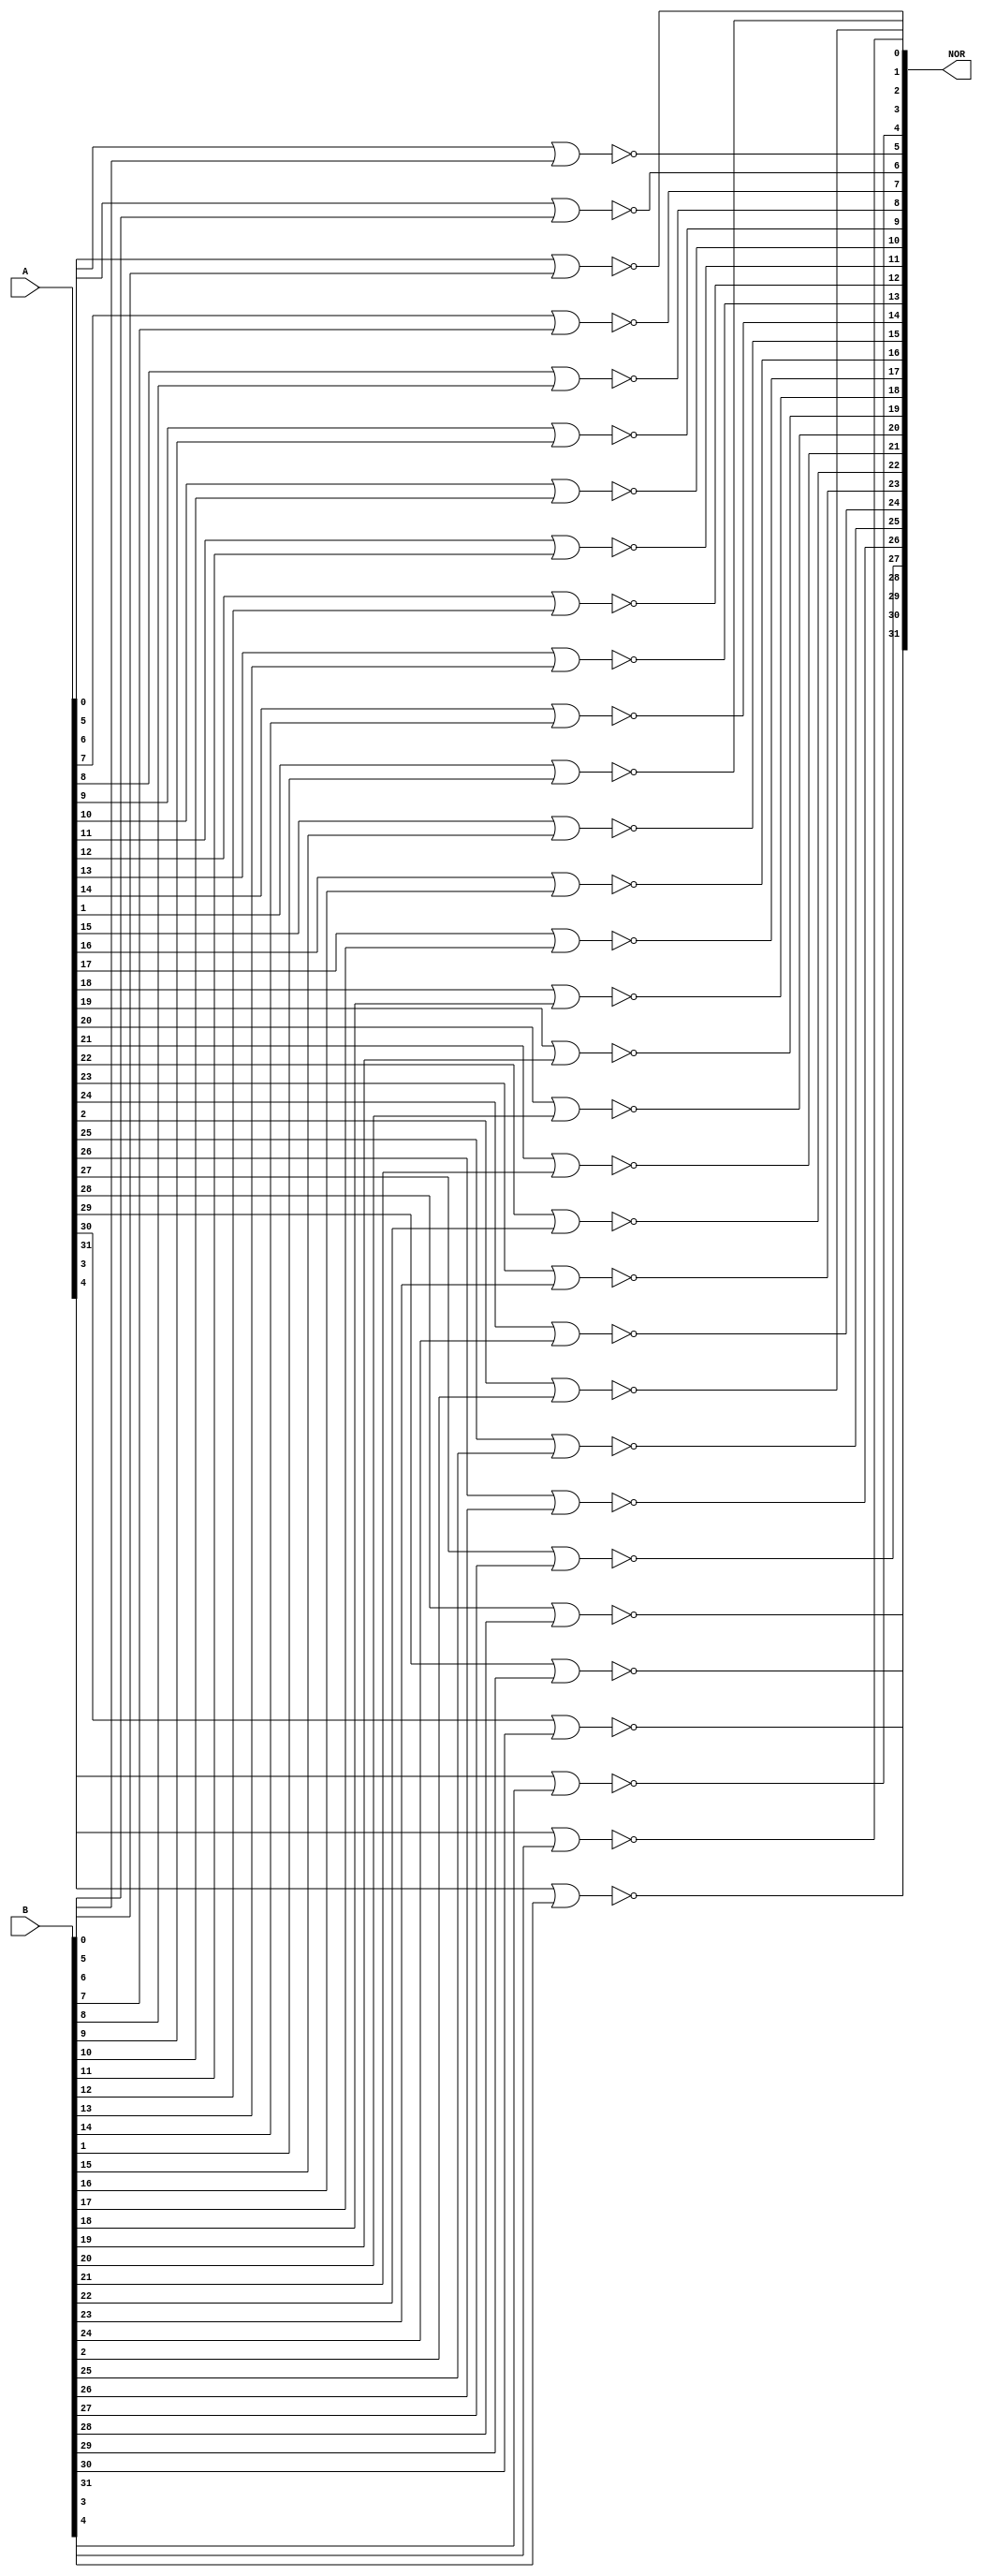
module NOR #(parameter N=32)(A,B,NOR);
input [N-1:0]A,B;
output [N-1:0]NOR;
genvar i;
generate
for(i=0;i<N;i=i+1)begin
nor DUT1(NOR[i],A[i],B[i]);
end
endgenerate
endmodule